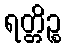
ရတ္တိဉ္စ